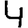
Digit: 4